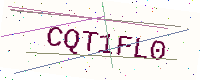
Text: CQT1FL0